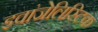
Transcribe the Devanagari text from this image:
इवांजेलिस्टिक